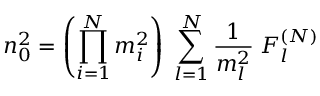
n _ { 0 } ^ { 2 } = \left( \prod _ { i = 1 } ^ { N } m _ { i } ^ { 2 } \right) \; \sum _ { l = 1 } ^ { N } \frac { 1 } { m _ { l } ^ { 2 } } \; F _ { l } ^ { ( N ) }